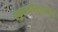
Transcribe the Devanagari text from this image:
स्फुरत्कौस्तुभालंकृतं